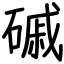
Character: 磩